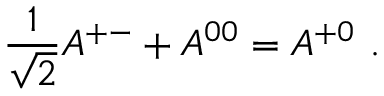
{ \frac { 1 } { \sqrt { 2 } } } A ^ { + - } + A ^ { 0 0 } = A ^ { + 0 } ~ .